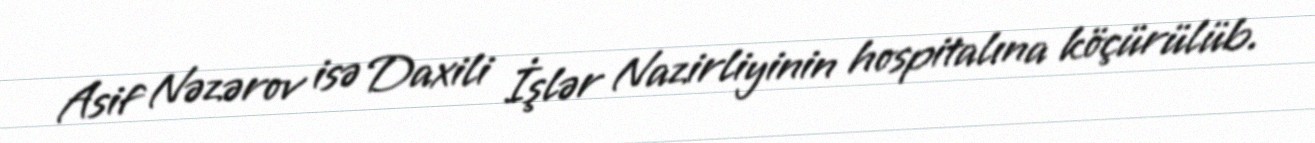
Asif Nəzərov isə Daxili İşlər Nazirliyinin hospitalına köçürülüb.